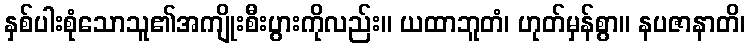
နှစ်ပါးစုံသောသူ၏အကျိုးစီးပွားကိုလည်း။ ယထာဘူတံ၊ ဟုတ်မှန်စွာ။ နပဇာနာတိ၊